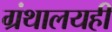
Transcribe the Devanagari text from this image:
ग्रंथालयही